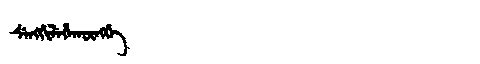
Manchu: ᠰᡝᠩᡤᡳᠯᡝᡥᠠᡴᡡᠩᡤᡝ
Romanization: SENGGILEHAKŪNGGE